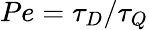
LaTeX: Pe=\tau_{D}/\tau_{Q}